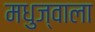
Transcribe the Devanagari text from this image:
मधुज्वाला